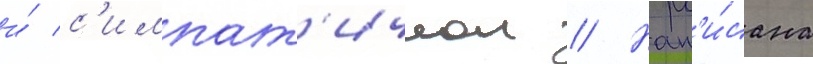
и́ с'импат'ичнои // Нап'и́сана